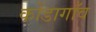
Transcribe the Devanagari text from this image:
कोंडागाँव